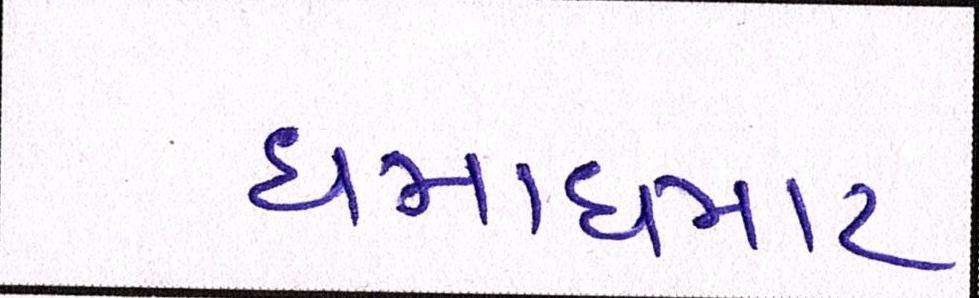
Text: ધમાધમાટ